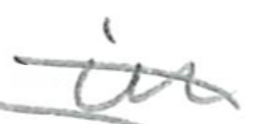
Text: in
Cross-out: mix
Writing tool: pencil